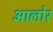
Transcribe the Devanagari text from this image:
आलोर